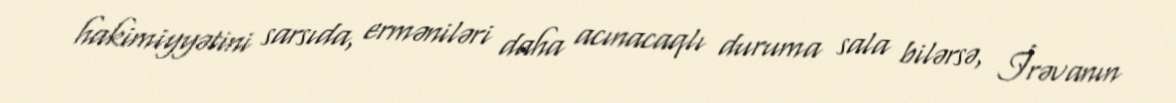
hakimiyyətini sarsıda, erməniləri daha acınacaqlı duruma sala bilərsə, İrəvanın